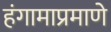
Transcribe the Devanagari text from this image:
हंगामाप्रमाणे